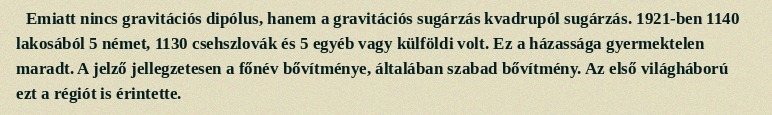
Emiatt nincs gravitációs dipólus, hanem a gravitációs sugárzás kvadrupól sugárzás. 1921-ben 1140 lakosából 5 német, 1130 csehszlovák és 5 egyéb vagy külföldi volt. Ez a házassága gyermektelen maradt. A jelző jellegzetesen a főnév bővítménye, általában szabad bővítmény. Az első világháború ezt a régiót is érintette.